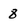
Character: 8